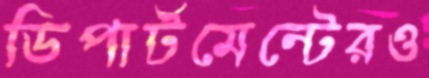
ডিপার্টমেন্টেরও